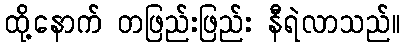
ထို့နောက် တဖြည်းဖြည်း နီရဲလာသည်။